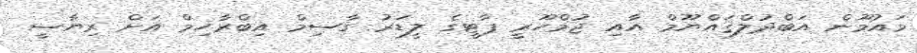
މައުމޫން އަބްދުލްޤައްޔޫމް އާއި ޖުމްހޫރީ ޕާޓީގެ ލީޑަރު ގާސިމް އިބްރާހިމް އަށް ރިޔާސީ